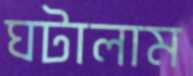
ঘটালাম